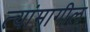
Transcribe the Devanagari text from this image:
त्यांमागील